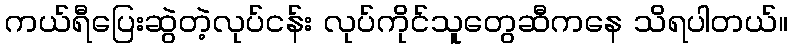
ကယ်ရီပြေးဆွဲတဲ့လုပ်ငန်း လုပ်ကိုင်သူတွေဆီကနေ သိရပါတယ်။